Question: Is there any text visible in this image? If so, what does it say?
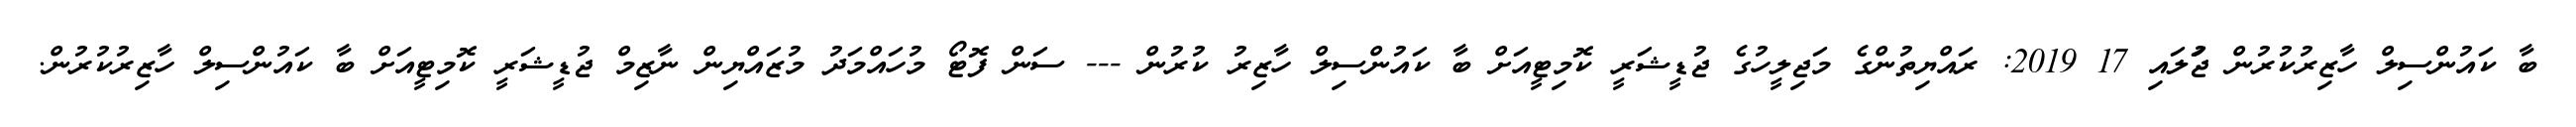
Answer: ބާ ކައުންސިލް ހާޒިރުކުރުން ޖުަލައި 17 2019: ރައްޔިތުންގެ މަޖިލީހުގެ ޖުޑީޝަރީ ކޮމިޓީއަށް ބާ ކައުންސިލް ހާޒިރު ކުރުން --- ސަން ފޮޓޯ މުހައްމަދު މުޒައްޔިން ނާޒިމް ޖުޑީޝަރީ ކޮމިޓީއަށް ބާ ކައުންސިލް ހާޒިރުކުރުން.